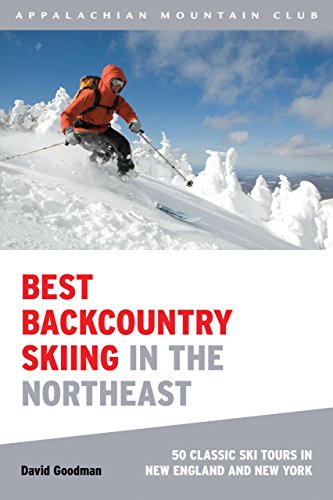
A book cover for Best Backcountry Skiing in the Northeast: 50 Classic Ski Tours In New England And New York; David Goodman; Sports & Outdoors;